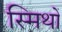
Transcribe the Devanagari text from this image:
स्मिथों